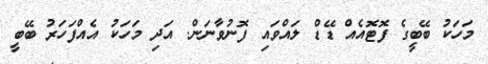
މަހަކު ބޭބީގެ ފޮޓޮއެއް ޑޭޑް ލައްވައި ފޮނުވާނަން. އަދި މަހަކު އެއްފަހަރު ބޭބީ